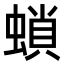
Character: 𧎫